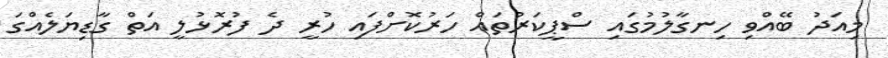
މިއަދު ބޭއްވި ހިނގާލުމުގައި ސްޕީކަރުތައް ހަރުކޮށްފައި ހުރީ ދެ ފުރޮޅުލީ އަތް ގާޑިޔަލެއްގަ